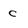
Character: c